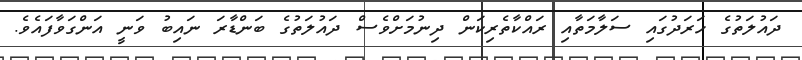
ދައުލަތުގެ ހަރަދުގައި ސަލާމަތާއި ރައްކާތެރިކަން ދިނުމަށްވެސް ދައުލަތުގެ ބަންޑާރަ ނައިބު ވަނީ އަންގަވާފައެވެ.